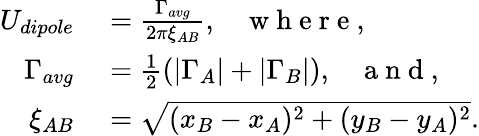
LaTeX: \begin{array}{rl}{U_{dipole}}&{{}=\frac{\Gamma_{avg}}{2\pi\xi_{AB}},\; \; \; \mathrm{~w~h~e~r~e~,~}}\\ {\Gamma_{avg}}&{{}=\frac{1}{2}(|\Gamma_{A}|+|\Gamma_{B}|),\; \; \; \mathrm{~a~n~d~,~}}\\ {\xi_{AB}}&{{}=\sqrt{(x_{B}-x_{A})^{2}+(y_{B}-y_{A})^{2}}.}\end{array}